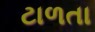
ટાળતા